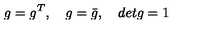
g = g ^ { T } , \quad g = \bar { g } , \quad d e t g = 1